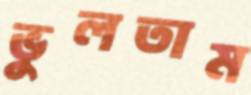
ভুলতাম